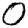
Digit: 0